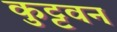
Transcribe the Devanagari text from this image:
कुट्टवन